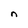
Character: n